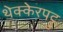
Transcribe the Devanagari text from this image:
थेक्केरपट्टु